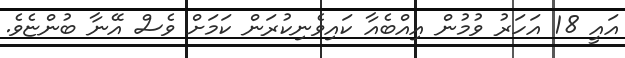
އައީ 18 އަހަރު ވުމުން އިއްބެއާ ކައިވެނިކުރަން ކަމަށް ވެސް އޭނާ ބުންޏެވެ.